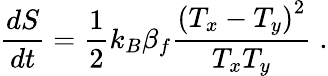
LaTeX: \frac{dS}{dt}=\frac{1}{2}k_{B}\beta_{f}\frac{{(T_{x}-T_{y})}^{2}}{T_{x}T_{y}}\; .